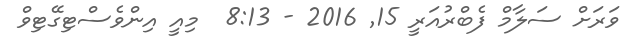
ވަރަށް ސަލާމް ފެބްރުއަރީ 15